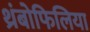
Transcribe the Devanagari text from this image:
थ्रंबोफिलिया